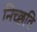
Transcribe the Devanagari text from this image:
निच्छवि